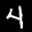
Label: 4